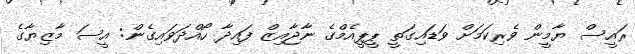
ރައީސް ޔާމީން ވެރިކަމަށް ވަޑައިގަތީ ޕީޕީއެމްގެ ނާޖާއިޒް ފައިދާ ހޯއްދަވައިގެން: އީސަ މާޒިޔާގެ